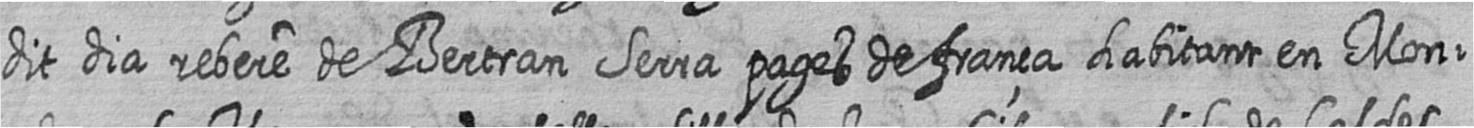
dit dia rebere de Bertran Serra pages de frança habitant en Mon=